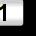
Digit: 1